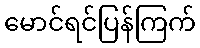
မောင်ရင်ပြန်ကြက်